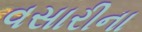
વસારીના